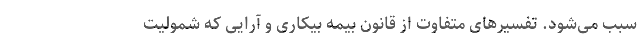
سبب می‌شود. تفسیرهای متفاوت از قانون بیمه بیکاری و آرایی که شمولیت